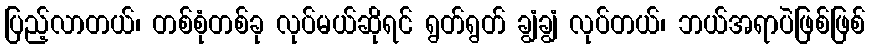
ပြည့်လာတယ်၊ တစ်စုံတစ်ခု လုပ်မယ်ဆိုရင် ရွတ်ရွတ် ချွံချွံ လုပ်တယ်၊ ဘယ်အရာပဲဖြစ်ဖြစ်